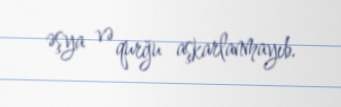
əşya və qurğu aşkarlanmayıb.